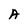
Character: A